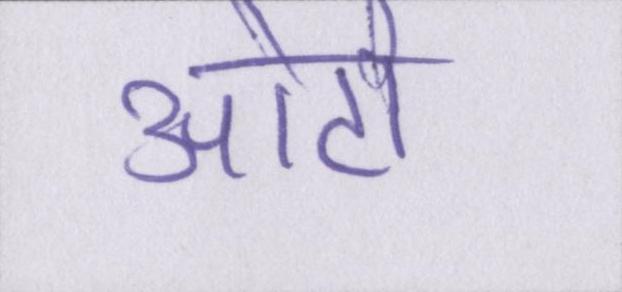
ओटो